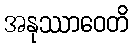
အနုဿာဝေတိ